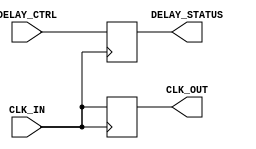
module DelayClockBuffer (
    input wire CLK_IN,          // Input clock signal
    input wire [2:0] DELAY_CTRL, // Control signal for delay selection
    output reg CLK_OUT,         // Buffered clock output
    output reg [2:0] DELAY_STATUS // Current delay state (optional)
);

// Parameters for delay elements
parameter DELAY_0 = 0; // No delay
parameter DELAY_1 = 1; // 1 clock cycle delay
parameter DELAY_2 = 2; // 2 clock cycles delay
parameter DELAY_3 = 3; // 3 clock cycles delay
parameter DELAY_4 = 4; // 4 clock cycles delay

// Internal signals for delay paths
reg [3:0] delay_reg [0:4]; // Delay registers for different delay states

// Initializing delay registers
initial begin
    delay_reg[0] = 4'b0000; // No delay
    delay_reg[1] = 4'b0001; // 1 clock cycle delay
    delay_reg[2] = 4'b0010; // 2 clock cycles delay
    delay_reg[3] = 4'b0011; // 3 clock cycles delay
    delay_reg[4] = 4'b0100; // 4 clock cycles delay
end

// Delay logic
always @(posedge CLK_IN) begin
    case (DELAY_CTRL)
        3'b000: CLK_OUT <= CLK_IN; // No delay
        3'b001: #1 CLK_OUT <= CLK_IN; // 1 clock cycle delay
        3'b010: #2 CLK_OUT <= CLK_IN; // 2 clock cycles delay
        3'b011: #3 CLK_OUT <= CLK_IN; // 3 clock cycles delay
        3'b100: #4 CLK_OUT <= CLK_IN; // 4 clock cycles delay
        default: CLK_OUT <= CLK_IN; // Default to no delay
    endcase

    // Update DELAY_STATUS
    DELAY_STATUS <= DELAY_CTRL;
end

endmodule